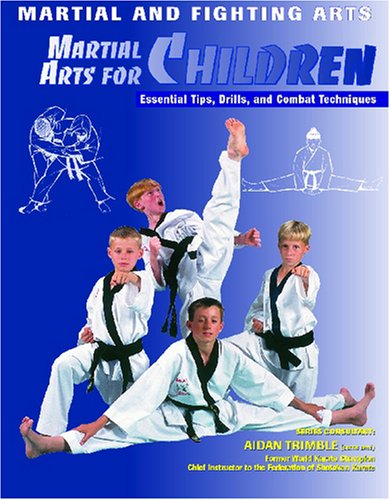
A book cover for Martial Arts for Children: Essential Tips, Drills, and Combat Techniques (Martial and Fighting Arts); Nathan Johnson; Teen & Young Adult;